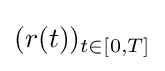
(r(t))_{t\in [0,T]}